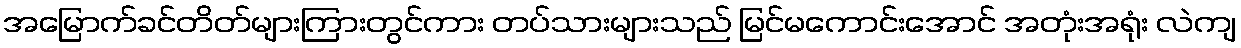
အမြောက်ခင်တိတ်များကြားတွင်ကား တပ်သားများသည် မြင်မကောင်းအောင် အတုံးအရုံး လဲကျ